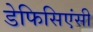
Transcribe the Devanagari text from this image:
डेफिसिएंसी